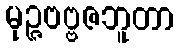
မုဉ္ဇဗဗ္ဗဇဘူတာ